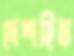
দেশহিত